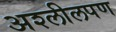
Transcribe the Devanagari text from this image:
अश्लीलपण